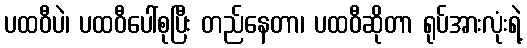
ပထဝီပဲ၊ ပထဝီပေါ်စုပြီး တည်နေတာ၊ ပထဝီဆိုတာ ရုပ်အားလုံးရဲ့